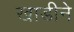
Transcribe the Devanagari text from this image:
खाडीने